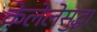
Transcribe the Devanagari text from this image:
केलेलेसुद्धा